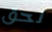
لحق